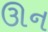
ઊન